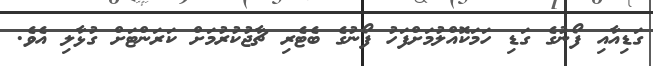
ގަޑިއާއި ފޯނުގެ ގަޑި ހަމަކޮއްލުމަށްފަހު ފޯނުގެ ބެޓެރި ޗާޖުކުރުމަށް ކަރަންޓަށް ގުޅާލި އެވެ.